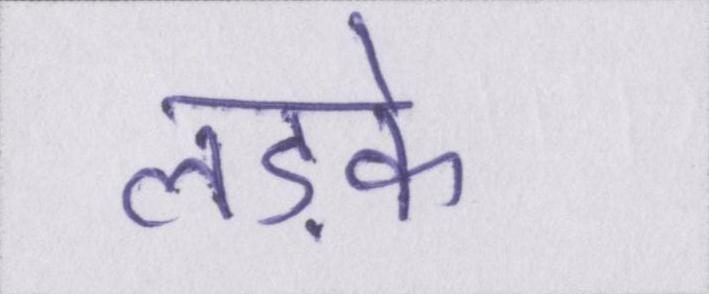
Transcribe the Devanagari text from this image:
लड़के